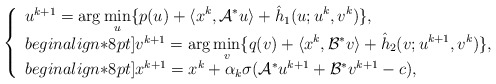
\begin{align*}\left\{\begin{array}{ll}u^{k+1} =\displaystyle\arg\min_{u}\{ p(u) +\langle x^k,\mathcal{A}^*u \rangle +\hat{h}_1(u; u^k, v^k)\},\\begin{align*}8pt]v^{k+1} = \displaystyle\arg\min_{v} \{q(v) + \langle x^k, \mathcal{B}^*v\rangle +\hat{h}_2(v; u^{k+1}, v^k)\}, \\begin{align*}8pt]x^{k+1} = x^k + \alpha_k\sigma(\mathcal{A}^*u^{k+1} + \mathcal{B}^*v^{k+1} - c),\end{array}\right.\end{align*}